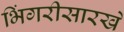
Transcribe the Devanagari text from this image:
भिंगरीसारखे